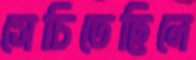
সেচিতেছিলে